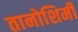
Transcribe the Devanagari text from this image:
तानोशिमी